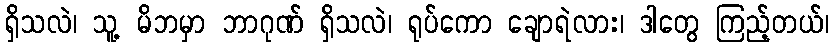
ရှိသလဲ၊ သူ့ မိဘမှာ ဘာဂုဏ် ရှိသလဲ၊ ရုပ်ကော ချောရဲလား၊ ဒါတွေ ကြည့်တယ်၊